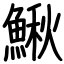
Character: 鰍